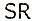
SR